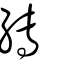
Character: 縳